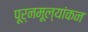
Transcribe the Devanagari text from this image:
पूर्नमूल्यांकन